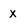
Character: X